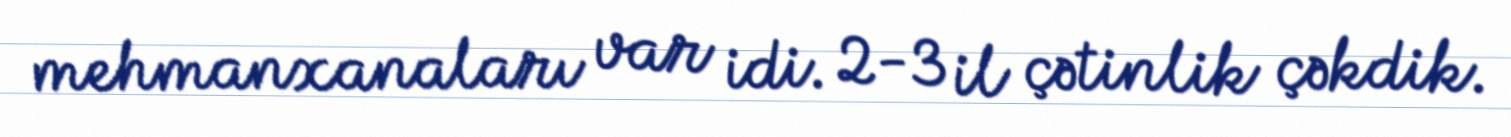
mehmanxanaları var idi. 2-3 il çətinlik çəkdik.